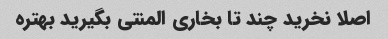
اصلا نخرید چند تا بخاری المنتی بگیرید بهتره